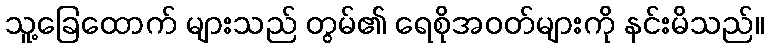
သူ့ခြေထောက် များသည် တွမ်၏ ရေစိုအဝတ်များကို နင်းမိသည်။